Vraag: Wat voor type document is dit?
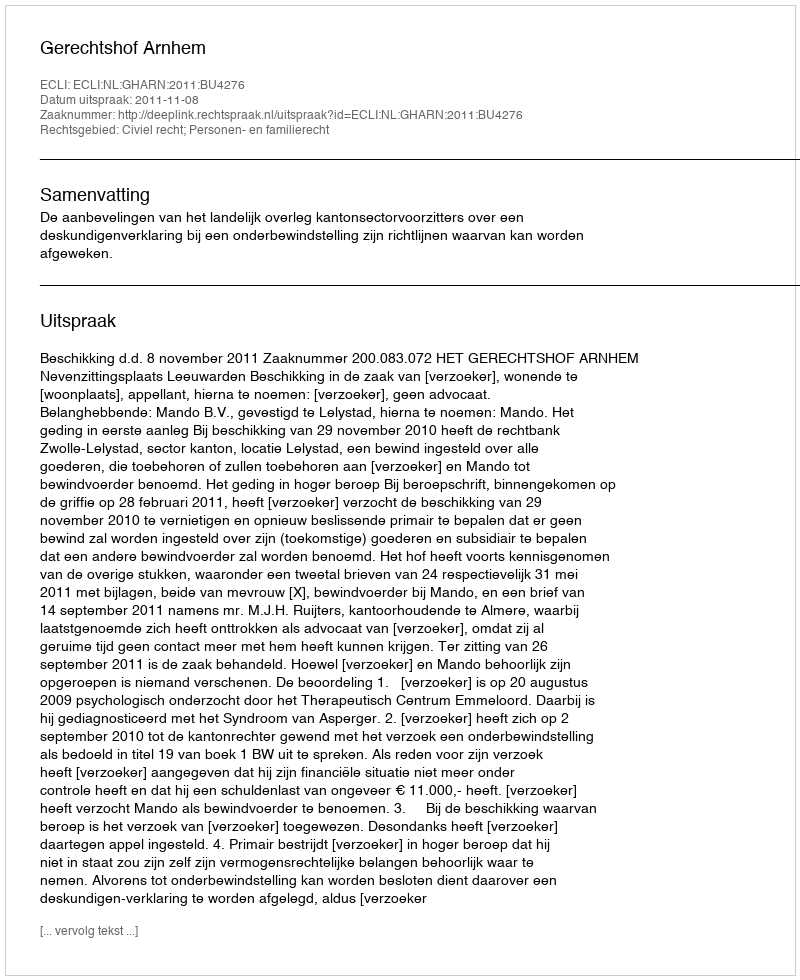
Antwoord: Uitspraak